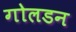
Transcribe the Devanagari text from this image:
गोलडन